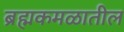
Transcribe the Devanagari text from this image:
ब्रह्मकमळातील